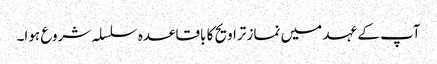
آپ کے عہد میں نماز تراویح کا باقاعدہ سلسلہ شروع ہوا۔